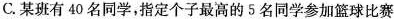
C.某班有40名同学，指定个子最高的5名同学参加篮球比赛